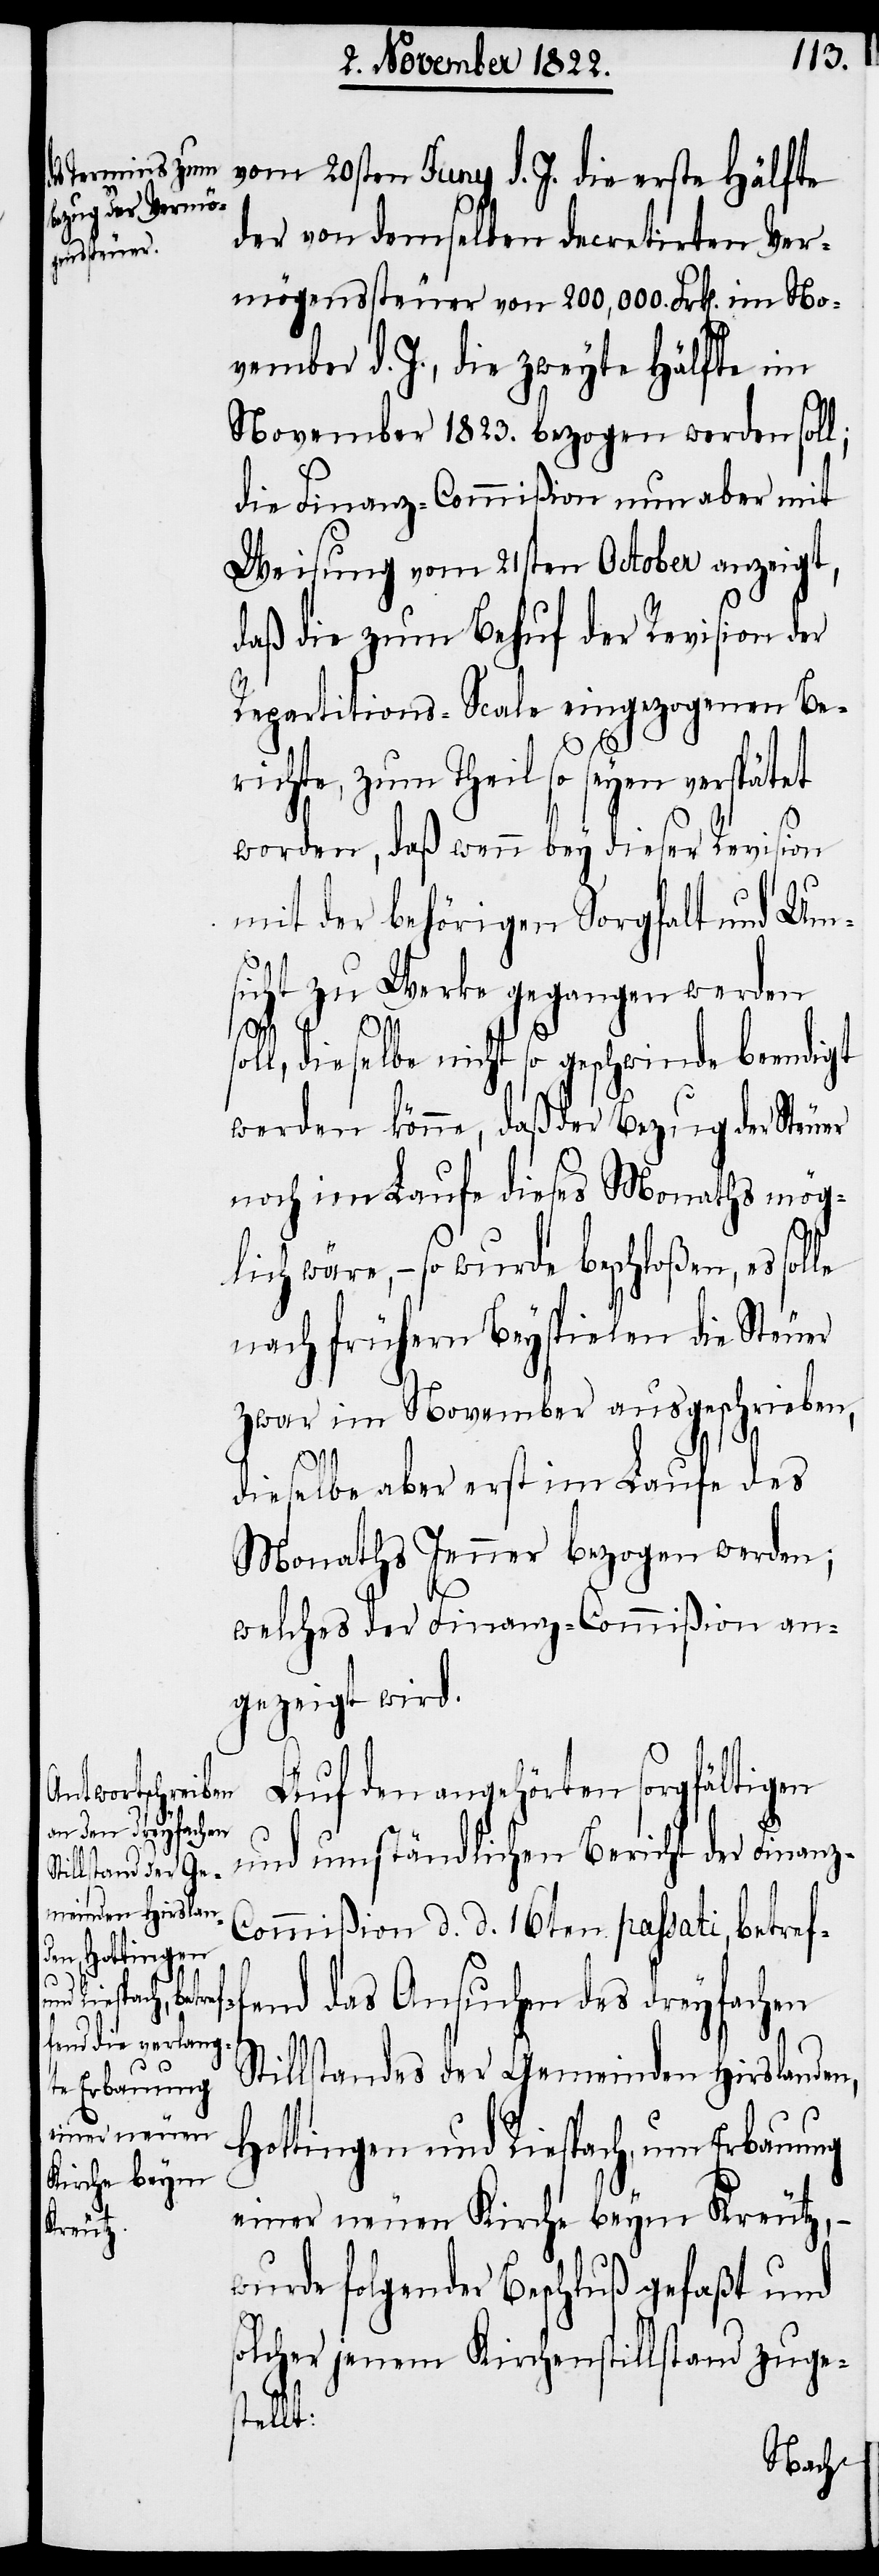
z-C¬

vom 20sten Juny d. J. die erste Hälfte
der von demselben decretirten Ver¬
mögenssteuer von 200,000. Frk[en]. im No¬
vember d. J., die zweyte Hälfte im
November 1823. bezogen werden soll;
die Finanz-Commißion nun aber mit
Weisung vom 21sten October anzeigt,
daß die zum Behuf der Revision der
Repartitions-Scale eingezogenen Be¬
s¬
richte, zum Theil so seyen verspätet
worden, daß wenn bey dieser Revision
mit der behörigen Sorgfalt und Um¬
sicht zu Werke gegangen werden
soll, dieselbe nicht so geschwinde beendigt
werden könne, daß der Bezug der Steuer
noch im Laufe dieses Monaths mög¬
lich wäre, – so wurde beschloßen, es sol¬
nach frühern Beyspielen die Steuer
zwar im November ausgeschrieben,
dieselbe aber erst im Laufe des
Monaths Jenner bezogen werden;
welches der Finanz-Commißion an¬
gezeigt wird.
Auf den angehörten sorgfältigen
und umständlichen Bericht der Finan¬
ommißion d. d. 16ten passati, betref¬
nd das Ansuchen des dreyfachen
fe¬
Stillstandes der Gemeinden Hirslanden,
Hottingen und Riespach, um Erbauung
einer neuen Kirche beym Kreutz, –
wurde folgender Beschluß gefaßt und
olcher jenem Kirchenstillstand zuge¬
stellt: